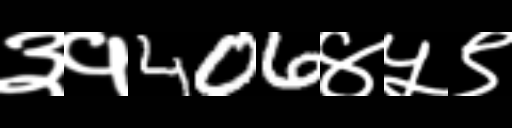
Text: ३१406४५९